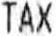
TAX